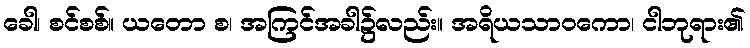
ခေါ၊ စင်စစ်။ ယတော စ၊ အကြင်အခါ၌လည်း။ အရိယသာဝကော၊ ငါဘုရား၏